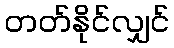
တတ်နိုင်လျှင်